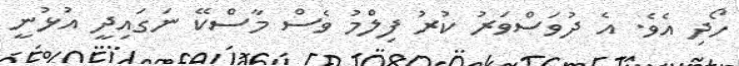
ހޯދި އެވެ. އެ ދުވަސްވަރު ކުރު ފިލްމު ވެސް މާސްކޭ ނަގައިދީ އުޅުނީ